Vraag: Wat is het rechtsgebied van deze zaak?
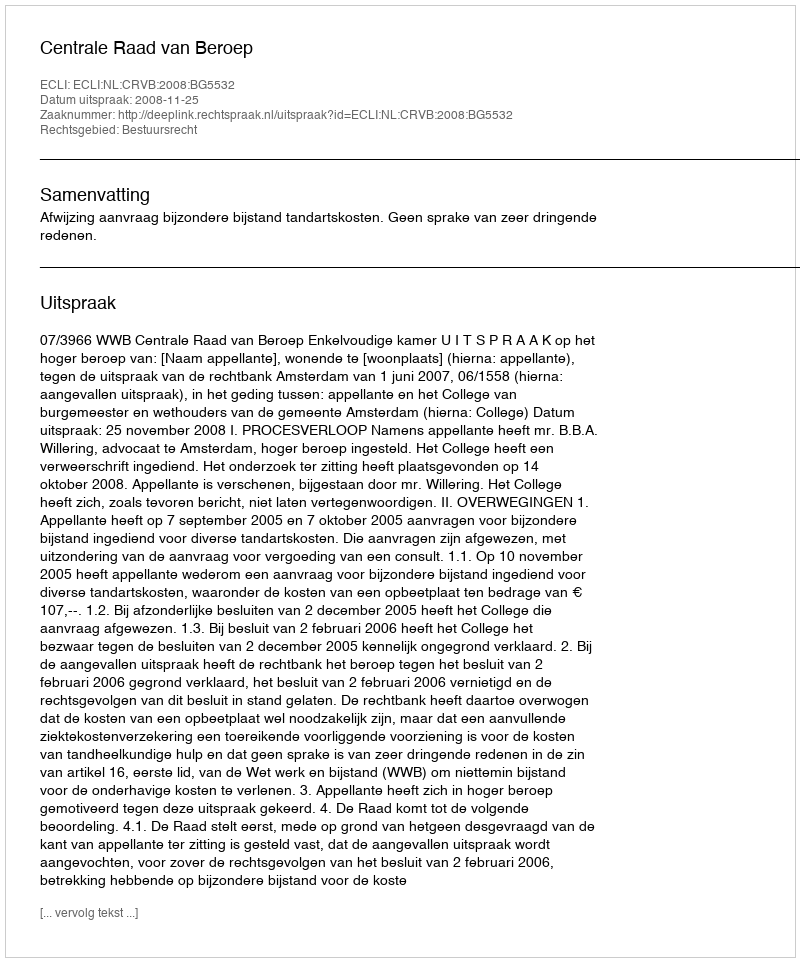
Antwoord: Bestuursrecht